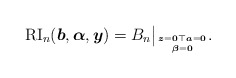
\begin{gather*}{\rm RI}_n({\boldsymbol{b}},{\boldsymbol{\alpha}},{\boldsymbol{y}})= B_n \big |_{{\boldsymbol{z}}={\bf 0} {\top {\boldsymbol{a}}={\bf 0}}\atop{\boldsymbol{\beta}}={\bf 0}}.\end{gather*}